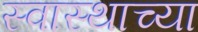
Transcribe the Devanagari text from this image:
स्वास्थाच्या